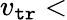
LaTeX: v_{\tt tr}<